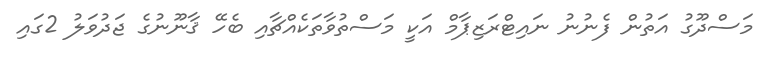
މަސްދޫގު އަތުން ފެނުނު ނައިޓްރަޒިޕާމް އަކީ މަސްތުވާތަކެއްޗާއި ބެހޭ ޤާނޫނުގެ ޖަދުވަލު 2ގައި